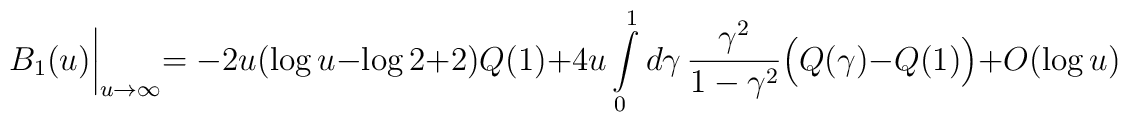
B_1(u)\biggl |_{u\to\infty}=-2u(\log u -\log 2 +2)Q(1)+4u\int\limits_0^1d\gamma\,\frac{\gamma^2}{1-\gamma^2}\Bigl(Q(\gamma)-Q(1)\Bigr)+O(\log u)